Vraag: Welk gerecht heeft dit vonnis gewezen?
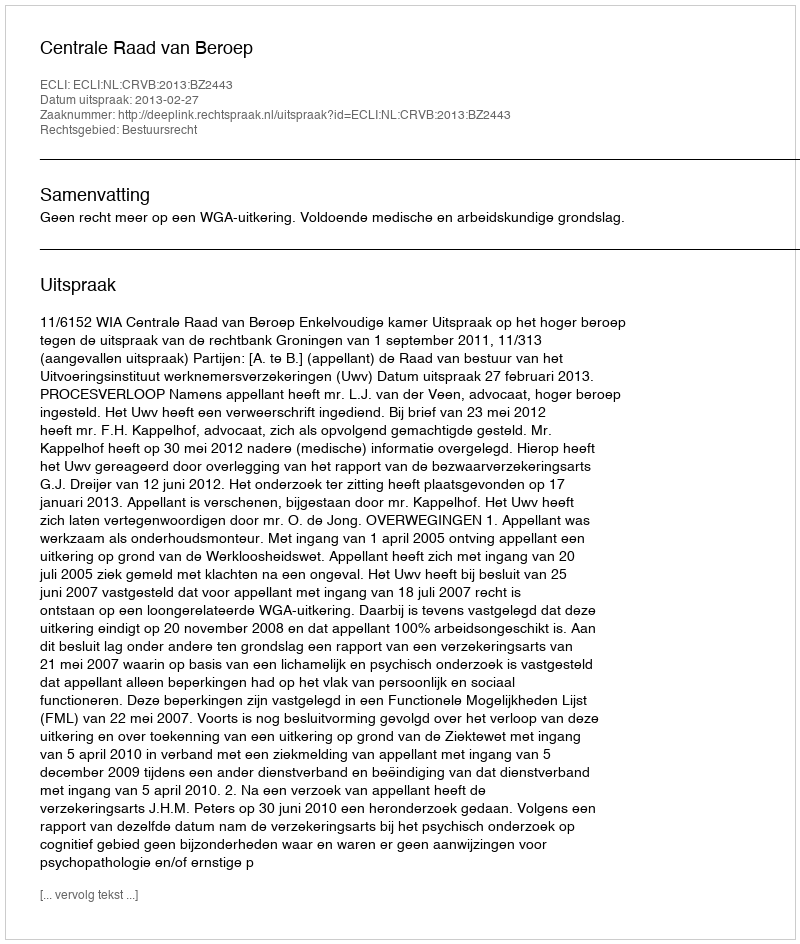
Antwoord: Centrale Raad van Beroep